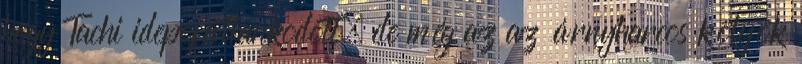
hogy Tachi idepofátlankodott, de még az az árnyharcos kölyök